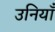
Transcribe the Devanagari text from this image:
उनियाँ